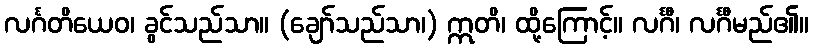
လင်္ဂတိယေဝ၊ ခွင်သည်သာ။ (ချော်သည်သာ၊) ဣတိ၊ ထို့ကြောင့်။ လင်္ဂီ၊ လင်္ဂီမည်၏။